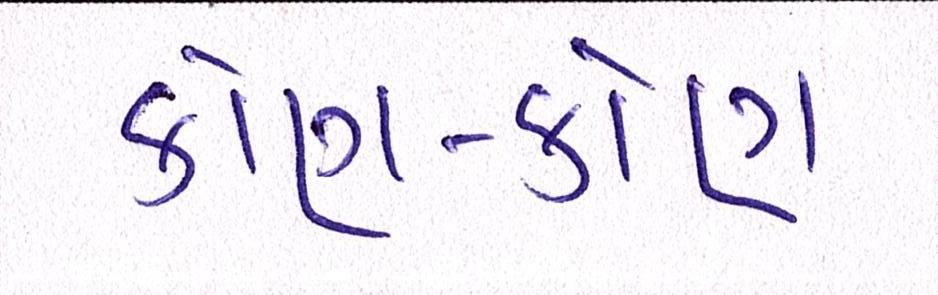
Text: કોણ-કોણ